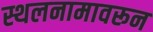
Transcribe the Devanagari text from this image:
स्थलनामावरून